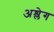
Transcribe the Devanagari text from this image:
अश्लेग